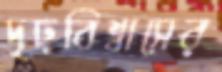
দৃঢ়বিশ্বাসের